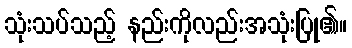
သုံးသပ်သည့် နည်းကိုလည်းအသုံးပြု၏။